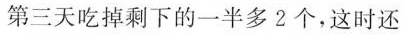
第三天吃掉剩下的一半多2个，这时还